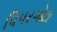
પિપરગોટા